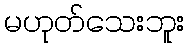
မဟုတ်သေးဘူး